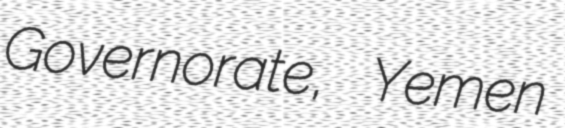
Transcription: Governorate, Yemen